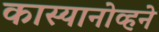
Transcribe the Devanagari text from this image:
कास्यानोव्हने